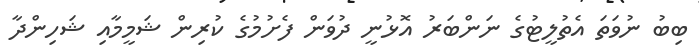
ބިބު ނުވަތަ އެތުލީޓުގެ ނަންބަރު އޮޅުނީ ދުވަން ފެށުމުގެ ކުރިން ޝަމީމާއި ޝަހިންދާ